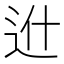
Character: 𨑮